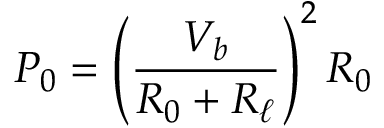
P _ { 0 } = \left( \frac { V _ { b } } { R _ { 0 } + R _ { \ell } } \right) ^ { 2 } R _ { 0 }